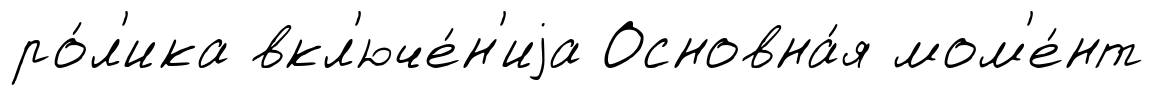
ро́л'ика вкл'юче́н'иjа Основна́я мом'е́нт